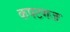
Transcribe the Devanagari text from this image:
कपटगज